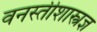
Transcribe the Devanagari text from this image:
वनस्तीशास्त्रज्ञ